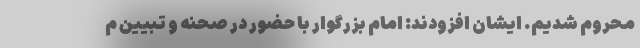
محروم شدیم. ایشان افزودند: امام بزرگوار با حضور در صحنه و تبیین م